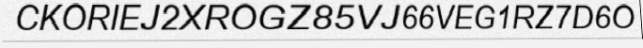
CKORIEJ2XROGZ85VJ66VEG1RZ7D6O